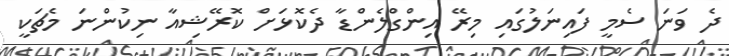
ދެ ވަނަ ސެމީ ފައިނަލުގައި މިރޭ އިންގްލެންޑާ ދެކޮޅަށް ކޮރޭޝިއާ ނިކުންނަ މެޗަކީ